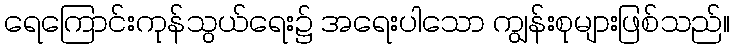
ရေကြောင်းကုန်သွယ်ရေး၌ အရေးပါသော ကျွန်းစုများဖြစ်သည်။